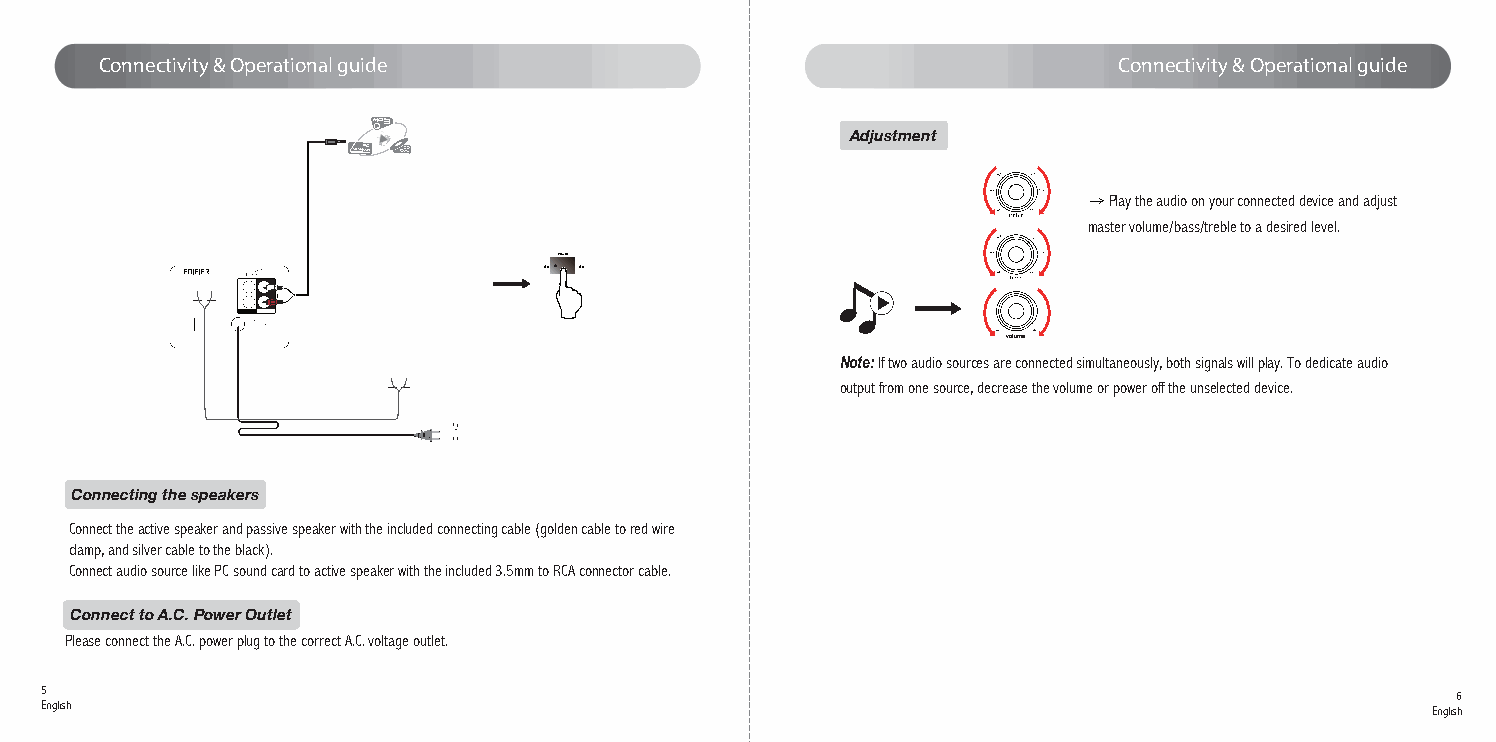
Connectivity & Operational guide                                   Connectivity & Operational guide
 Adjustment
 → Play the audio on your connected device and adjust
 master volume/bass/treble to a desired level.
 Power
 On Off
 volume
 Note:If two audio sources are connected simultaneously, both signals will play. To dedicate audio
 output from one source, decrease the volume or power off the unselected device.
 Connecting the speakers
 Connect the active speaker and passive speaker with the included connecting cable (golden cable to red wire
 clamp, and silver cable to the black).
 Connect audio source like PC sound card to active speaker with the included 3.5mm to RCA connector cable.
 Connect to A.C. Power Outlet
 Please connect the A.C. power plug to the correct A.C. voltage outlet.
 5
 6
 English
 English